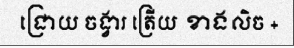
ជ្រោយ ចង្វារ ត្រើយ ខាងលិច +